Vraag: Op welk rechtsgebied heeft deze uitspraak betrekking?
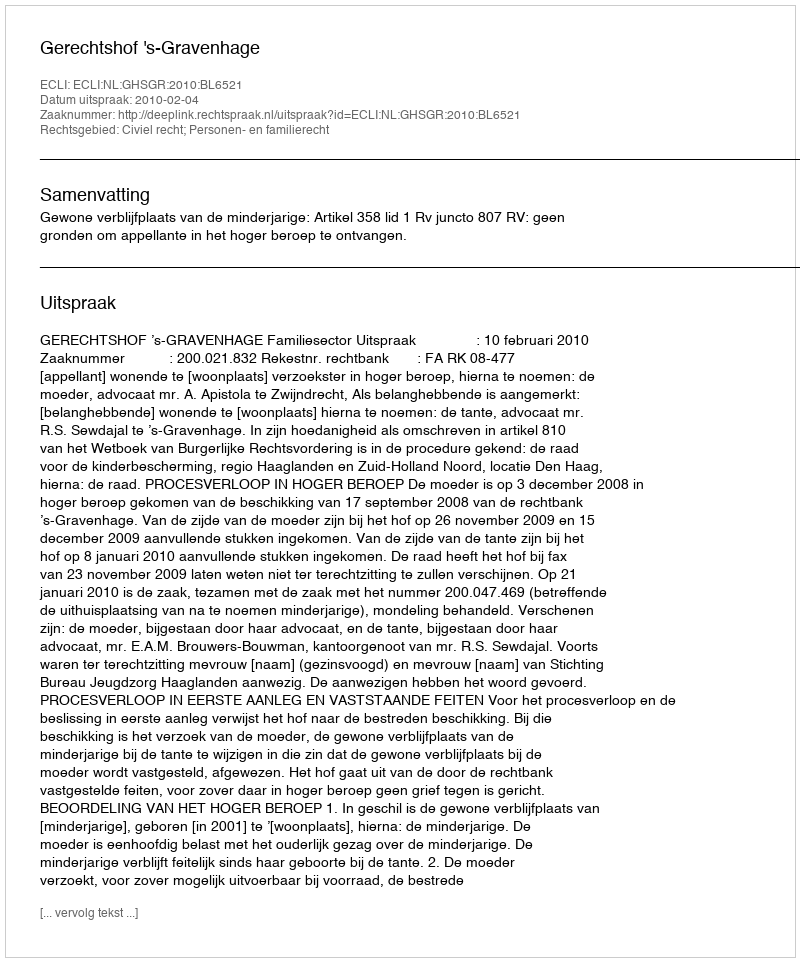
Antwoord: Civiel recht; Personen- en familierecht